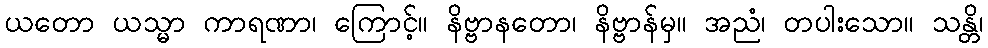
ယတော ယသ္မာ ကာရဏာ၊ ကြောင့်။ နိဗ္ဗာနတော၊ နိဗ္ဗာန်မှ။ အညံ၊ တပါးသော။ သန္တိ၊